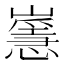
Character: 𡽸